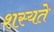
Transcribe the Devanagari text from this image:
शस्यते